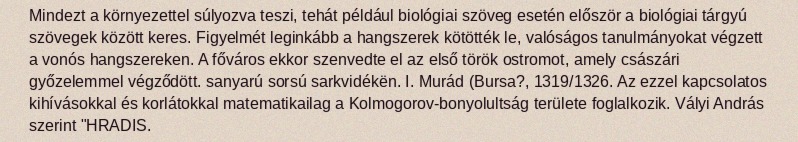
Mindezt a környezettel súlyozva teszi, tehát például biológiai szöveg esetén először a biológiai tárgyú szövegek között keres. Figyelmét leginkább a hangszerek kötötték le, valóságos tanulmányokat végzett a vonós hangszereken. A főváros ekkor szenvedte el az első török ostromot, amely császári győzelemmel végződött. sanyarú sorsú sarkvidékën. I. Murád (Bursa?, 1319/1326. Az ezzel kapcsolatos kihívásokkal és korlátokkal matematikailag a Kolmogorov-bonyolultság területe foglalkozik. Vályi András szerint "HRADIS.